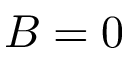
B = 0